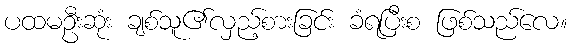
ပထမဦးဆုံး ချစ်သူ၏လှည့်စားခြင်း ခံရပြီးစ ဖြစ်သည်လေ။